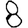
Digit: 8